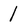
Character: 1